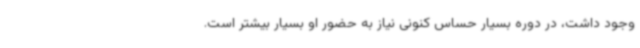
وجود داشت، در دوره بسیار حساس کنونی نیاز به حضور او بسیار بیشتر است.